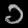
Digit: ၁